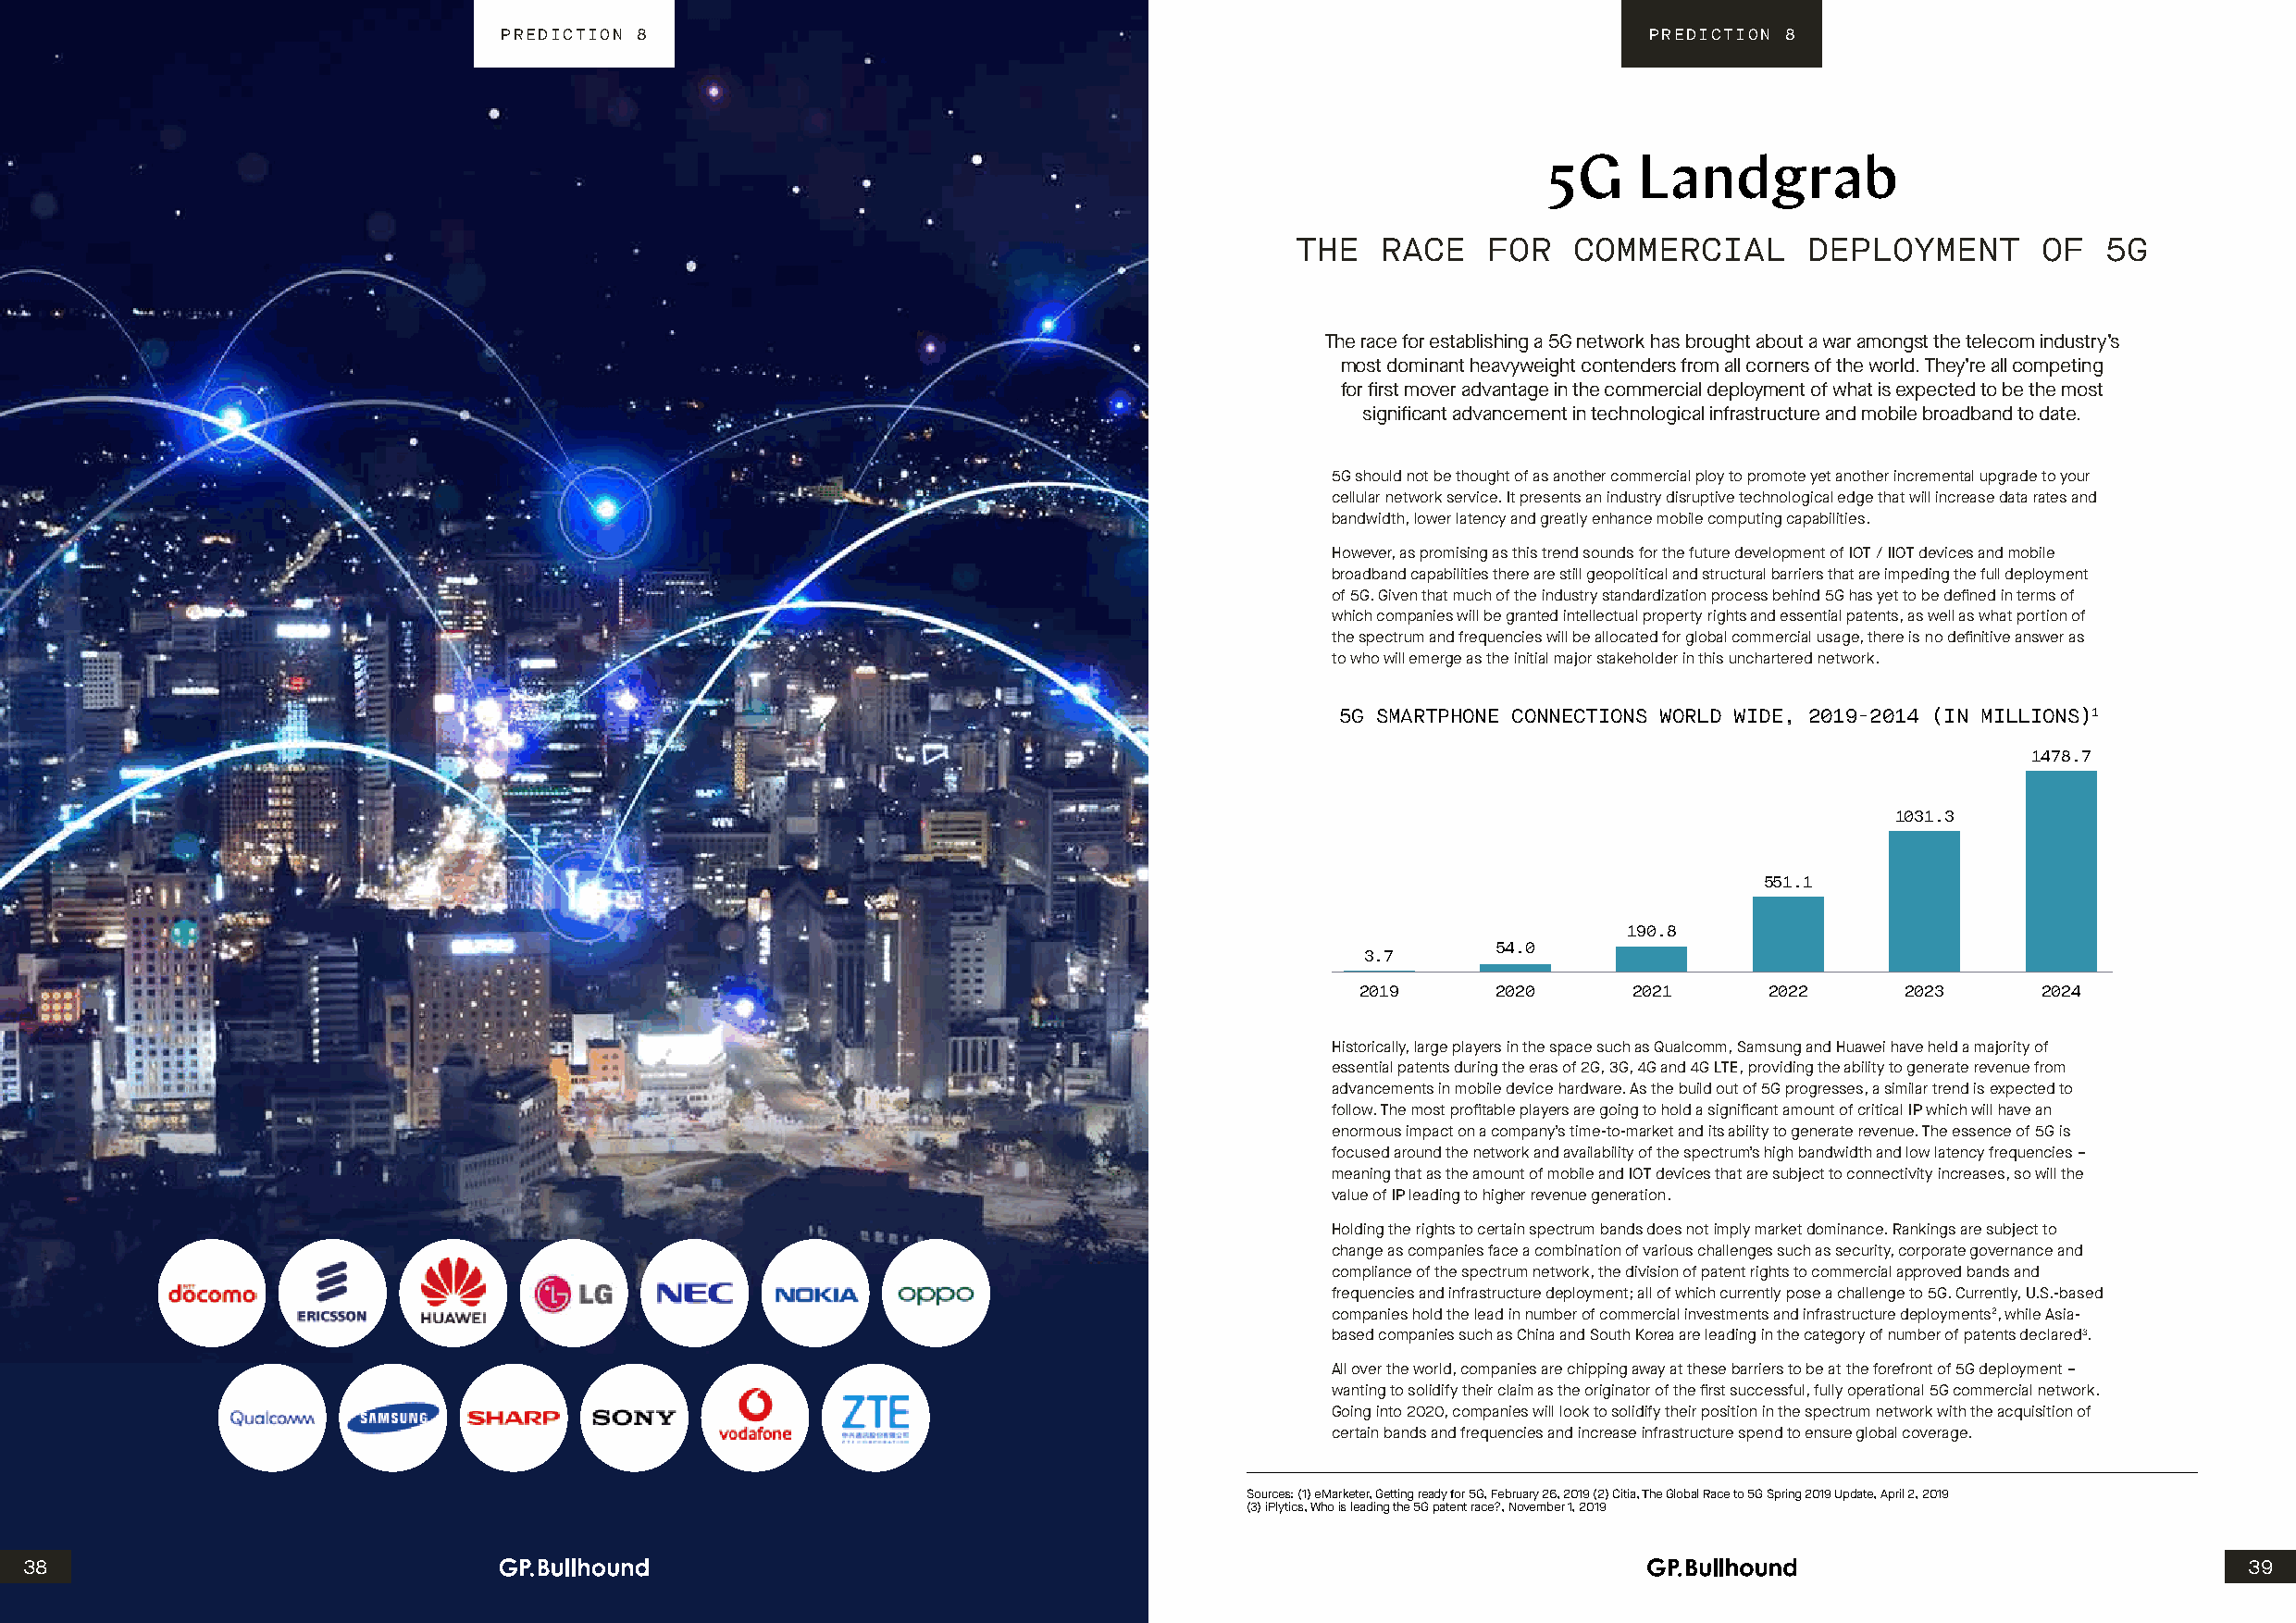
PREDICTION 8                                                                      PREDICTION 8
 5G    Landgrab
 THE   RACE   FOR   COMMERCIAL       DEPLOYMENT       OF   5G
 The race for establishing a 5G network has brought about a war amongst the telecom industry’s
 most dominant heavyweight contenders from all corners of the world. They’re all competing
 for first mover advantage in the commercial deployment of what is expected to be the most
 significant advancement in technological infrastructure and mobile broadband to date.
 5G should not be thought of as another commercial ploy to promote yet another incremental upgrade to your
 cellular network service. It presents an industry disruptive technological edge that will increase data rates and
 bandwidth, lower latency and greatly enhance mobile computing capabilities.
 However, as promising as this trend sounds for the future development of IOT / IIOT devices and mobile
 broadband capabilities there are still geopolitical and structural barriers that are impeding the full deployment
 of 5G. Given that much of the industry standardization process behind 5G has yet to be defined in terms of
 which companies will be granted intellectual property rights and essential patents, as well as what portion of
 the spectrum and frequencies will be allocated for global commercial usage, there is no definitive answer as
 to who will emerge as the initial major stakeholder in this unchartered network.
 5G SMARTPHONE CONNECTIONS WORLD WIDE, 2019-2014 (IN MILLIONS)1
 1478.7
 1031.3
 551.1
 190.8
 54.0
 3.7
 2019      2020      2021     2022      2023      2024
 Historically, large players in the space such as Qualcomm, Samsung and Huawei have held a majority of
 essential patents during the eras of 2G, 3G, 4G and 4G LTE, providing the ability to generate revenue from
 advancements in mobile device hardware. As the build out of 5G progresses, a similar trend is expected to
 follow. The most profitable players are going to hold a significant amount of critical IP which will have an
 enormous impact on a company’s time-to-market and its ability to generate revenue. The essence of 5G is
 focused around the network and availability of the spectrum’s high bandwidth and low latency frequencies –
 meaning that as the amount of mobile and IOT devices that are subject to connectivity increases, so will the
 value of IP leading to higher revenue generation.
 Holding the rights to certain spectrum bands does not imply market dominance. Rankings are subject to
 change as companies face a combination of various challenges such as security, corporate governance and
 compliance of the spectrum network, the division of patent rights to commercial approved bands and
 frequencies and infrastructure deployment; all of which currently pose a challenge to 5G. Currently, U.S.-based
 companies hold the lead in number of commercial investments and infrastructure deployments2, while Asia-
 based companies such as China and South Korea are leading in the category of number of patents declared3.
 All over the world, companies are chipping away at these barriers to be at the forefront of 5G deployment –
 wanting to solidify their claim as the originator of the first successful, fully operational 5G commercial network.
 Going into 2020, companies will look to solidify their position in the spectrum network with the acquisition of
 certain bands and frequencies and increase infrastructure spend to ensure global coverage.
 Sources: (1) eMarketer, Getting ready for 5G, February 26, 2019 (2) Citia, The Global Race to 5G Spring 2019 Update, April 2, 2019
 (3) iPlytics, Who is leading the 5G patent race?, November 1, 2019
 38                                                                                                                                                             39